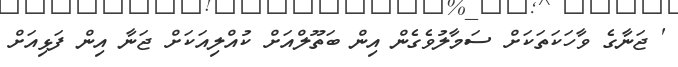
' ޖަނާގެ ވާހަކަތަކަށް ސަމާލުވެގެން އިން ބަތޫލްއަށް ކުއްލިއަކަށް ޖަނާ އިން ފަޅިއަށް